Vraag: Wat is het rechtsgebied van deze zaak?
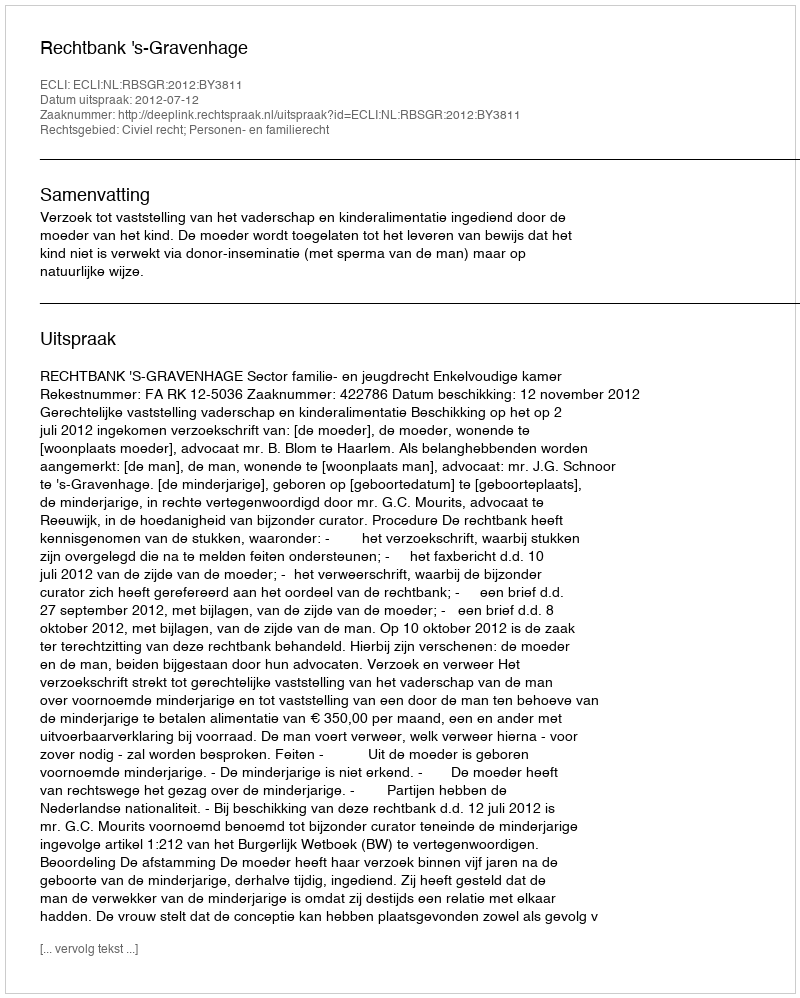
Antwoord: Civiel recht; Personen- en familierecht